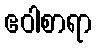
ဧဝါစာရာ